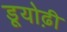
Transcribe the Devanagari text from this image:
डूयोढ़ी